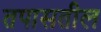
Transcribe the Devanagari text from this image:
तपासतील